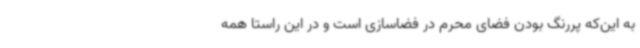
به این‌که پررنگ بودن فضای محرم در فضاسازی است و در این راستا همه